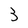
Character: 3